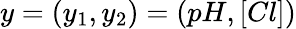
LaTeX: y=(y_{1},y_{2})=(pH,[Cl])